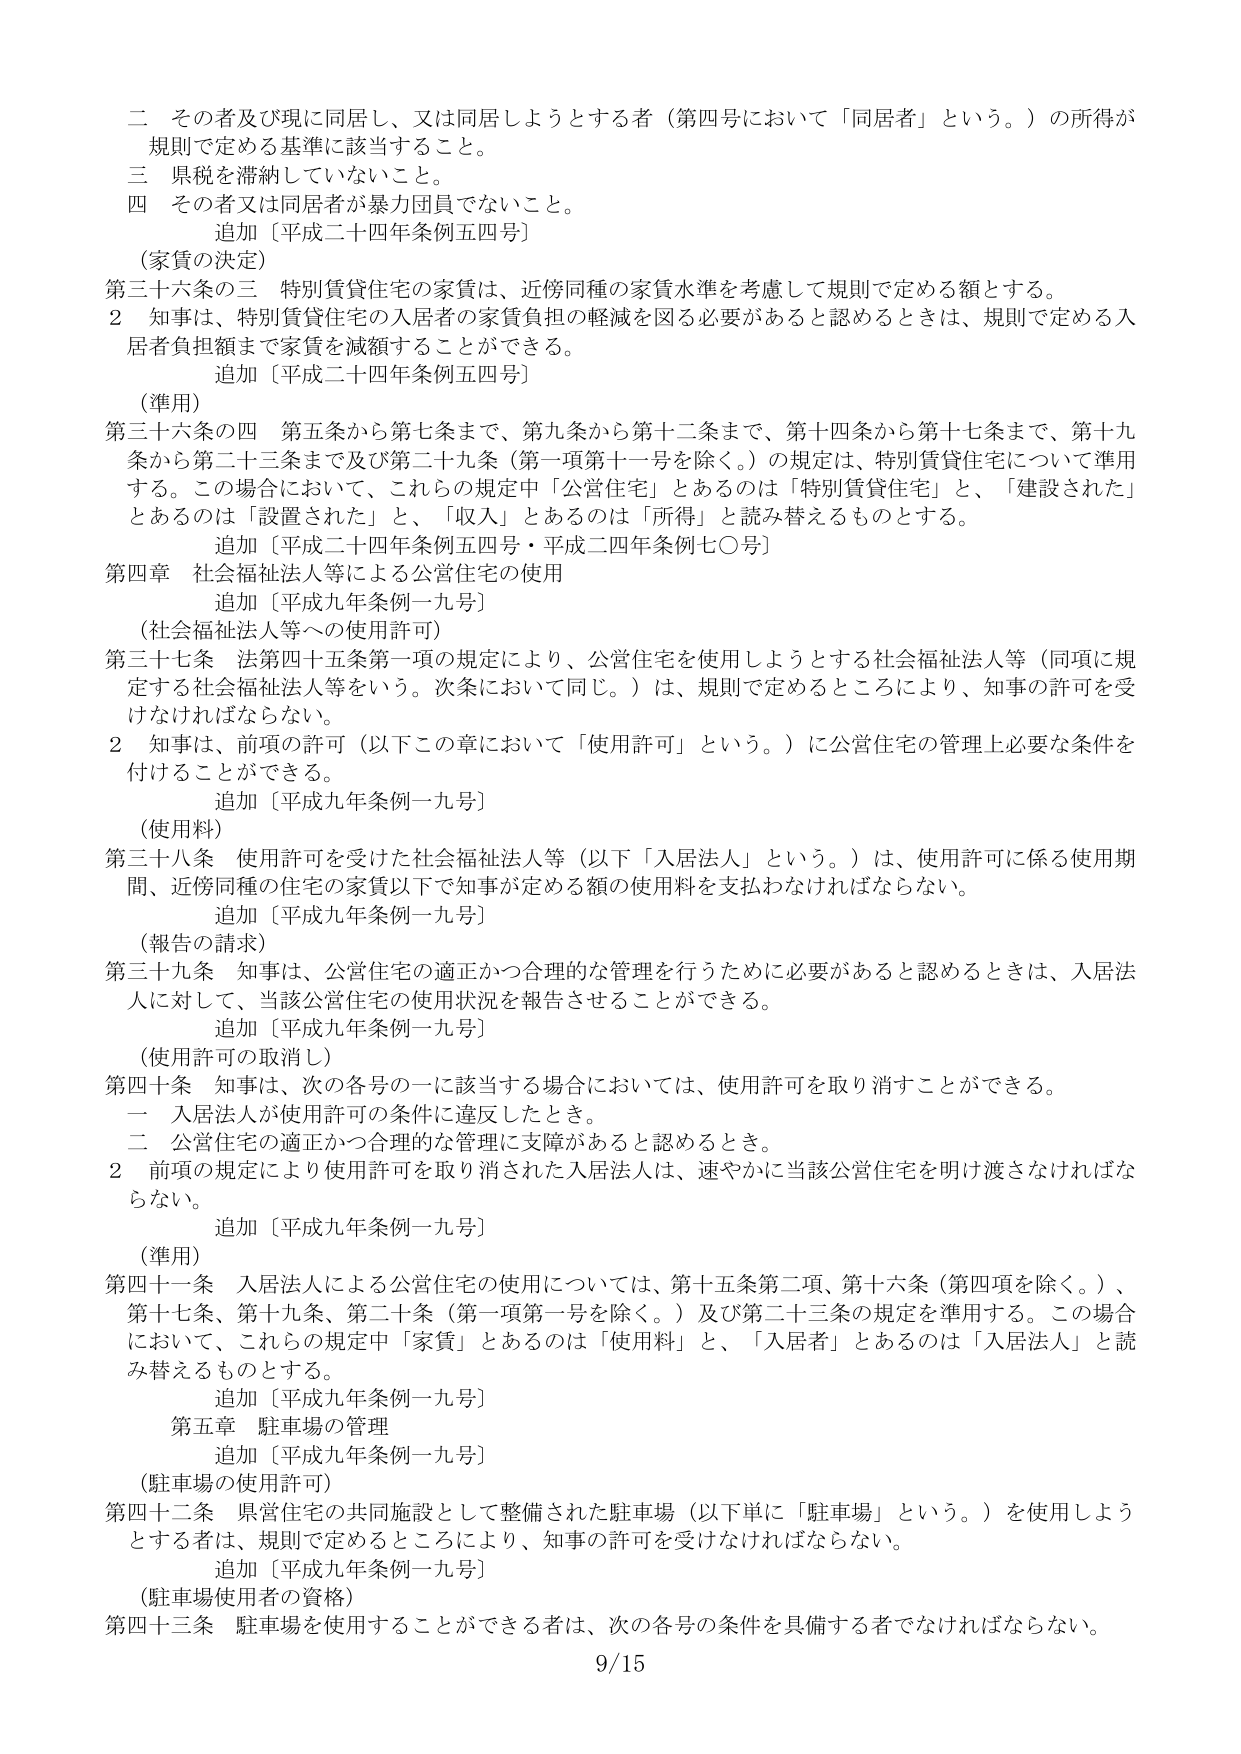
二 その者及び現に同居し、又は同居しようとする者（第四号において「同居者」という。）の所得が規則で定める基準に該当すること。
三 県税を滞納していないこと。
四 その者又は同居者が暴力団員でないこと。
　　追加〔平成二十四年条例五四号〕
（家賃の決定）
第三十六条の三 特別賃貸住宅の家賃は、近傍同種の家賃水準を考慮して規則で定める額とする。
　２ 知事は、特別賃貸住宅の入居者の家賃負担の軽減を図る必要があると認めるときは、規則で定める入居者負担額まで家賃を減額することができる。
　　追加〔平成二十四年条例五四号〕
（準用）
第三十六条の四 第五条から第七条まで、第九条から第十二条まで、第十四条から第十七条まで、第十九条から第二十三条まで及び第二十九条（第一項第十一号を除く。）の規定は、特別賃貸住宅について準用する。この場合において、これらの規定中「公営住宅」とあるのは「特別賃貸住宅」と、「建設された」とあるのは「設置された」と、「収入」とあるのは「所得」と読み替えるものとする。
　　追加〔平成二十四年条例五四号・平成二十四年条例七〇号〕
第四章 社会福祉法人等による公営住宅の使用
　　追加〔平成九年条例一九号〕
（社会福祉法人等への使用許可）
第三十七条 法第四十五条第一項の規定により、公営住宅を使用しようとする社会福祉法人等（同項に規定する社会福祉法人等をいう。次条において同じ。）は、規則で定めるところにより、知事の許可を受けなければならない。
　２ 知事は、前項の許可（以下この章において「使用許可」という。）に公営住宅の管理上必要な条件を付けることができる。
　　追加〔平成九年条例一九号〕
（使用料）
第三十八条 使用許可を受けた社会福祉法人等（以下「入居法人」という。）は、使用許可に係る使用期間、近傍同種の住宅の家賃以下で知事が定める額の使用料を支払わなければならない。
　　追加〔平成九年条例一九号〕
（報告の請求）
第三十九条 知事は、公営住宅の適正かつ合理的な管理を行うために必要があると認めるときは、入居法人に対して、当該公営住宅の使用状況を報告させることができる。
　　追加〔平成九年条例一九号〕
（使用許可の取消し）
第四十条 知事は、次の各号の一に該当する場合においては、使用許可を取り消すことができる。
　一 入居法人が使用許可の条件に違反したとき。
　二 公営住宅の適正かつ合理的な管理に支障があると認めるとき。
　２ 前項の規定により使用許可を取り消された入居法人は、速やかに当該公営住宅を明け渡さなければならない。
　　追加〔平成九年条例一九号〕
（準用）
第四十一条 入居法人による公営住宅の使用については、第十五条第二項、第十六条（第四項を除く。）、第十七条、第十九条、第二十条（第一項第一号を除く。）及び第二十三条の規定を準用する。この場合において、これらの規定中「家賃」とあるのは「使用料」と、「入居者」とあるのは「入居法人」と読み替えるものとする。
　　追加〔平成九年条例一九号〕
第五章 駐車場の管理
　　追加〔平成九年条例一九号〕
（駐車場の使用許可）
第四十二条 県営住宅の共同施設として整備された駐車場（以下単に「駐車場」という。）を使用しようとする者は、規則で定めるところにより、知事の許可を受けなければならない。
　　追加〔平成九年条例一九号〕
（駐車場使用者の資格）
第四十三条 駐車場を使用することができる者は、次の各号の条件を具備する者でなければならない。
9/15